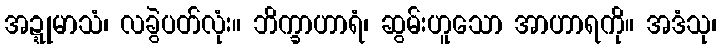
အဍ္ဍုမာသံ၊ လခွဲပတ်လုံး။ ဘိက္ခာဟာရံ၊ ဆွမ်းဟူသော အာဟာရကို။ အဒံသု၊